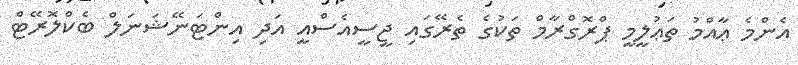
އެންމެ ޢާއްމު ތަޢުލީމީ ޕްރޮގްރާމް ތަކުގެ ތެރޭގައި ޖީސީއެސްއީ އަދި އިންޓަނޭޝަނަލް ބެކްލޮރޭޓް